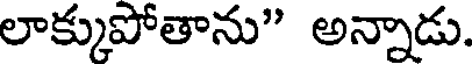
లాక్కుపోతాను" అన్నాడు.